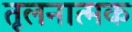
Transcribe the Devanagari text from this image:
तूलनात्मक